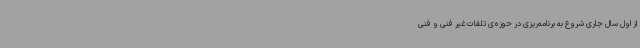
از اول سال جاری شروع به برنامه‌ریزی در حوزه‌ی تلفات غیر فنی و فنی